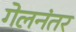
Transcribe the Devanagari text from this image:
गेलनंतर